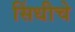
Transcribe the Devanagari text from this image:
सिंधीचे